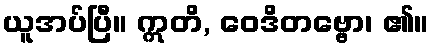
ယူအပ်ပြီ။ ဣတိ, ဝေဒိတဗ္ဗော၊ ၏။